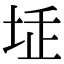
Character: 𡋨